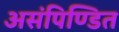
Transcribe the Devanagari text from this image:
असंपिण्डित